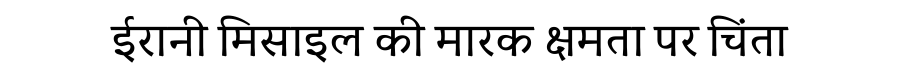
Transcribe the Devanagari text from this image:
ईरानी मिसाइल की मारक क्षमता पर चिंता